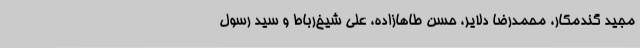
مجید گندمکار، محمدرضا دلایر، حسن طاهازاده، علی شیخ‌رباط و سید رسول